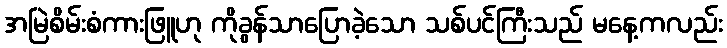
အမြဲစိမ်းစံကားဖြူဟု ကိုခွန်သာပြောခဲ့သော သစ်ပင်ကြီးသည် မနေ့ကလည်း